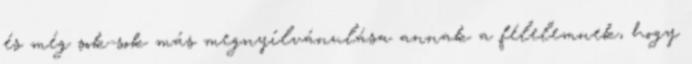
és még sok-sok más megnyílvánulása annak a félelemnek, hogy